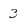
Character: 3